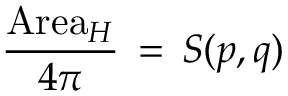
\frac { \mathrm { A r e a } _ { H } } { 4 \pi } \, = \, S ( p , q )